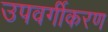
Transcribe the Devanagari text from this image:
उपवर्गीकरण